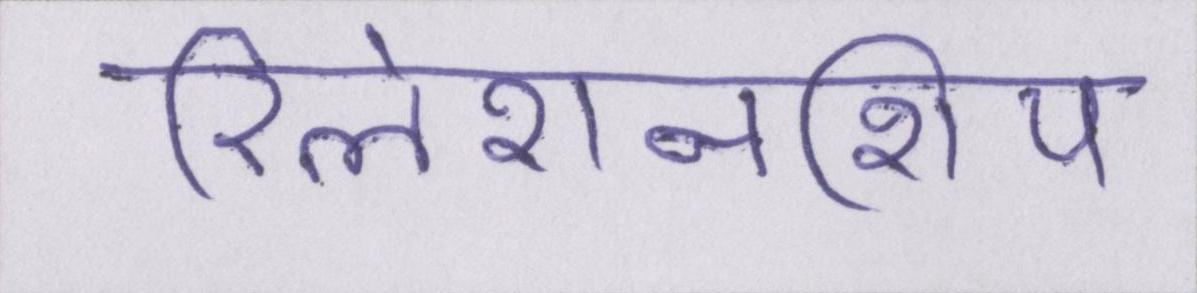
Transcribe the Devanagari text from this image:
रिलेशनशिप